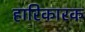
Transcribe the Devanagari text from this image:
हारिकारक